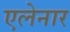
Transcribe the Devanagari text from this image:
एलेनार